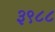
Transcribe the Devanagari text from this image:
३९८८